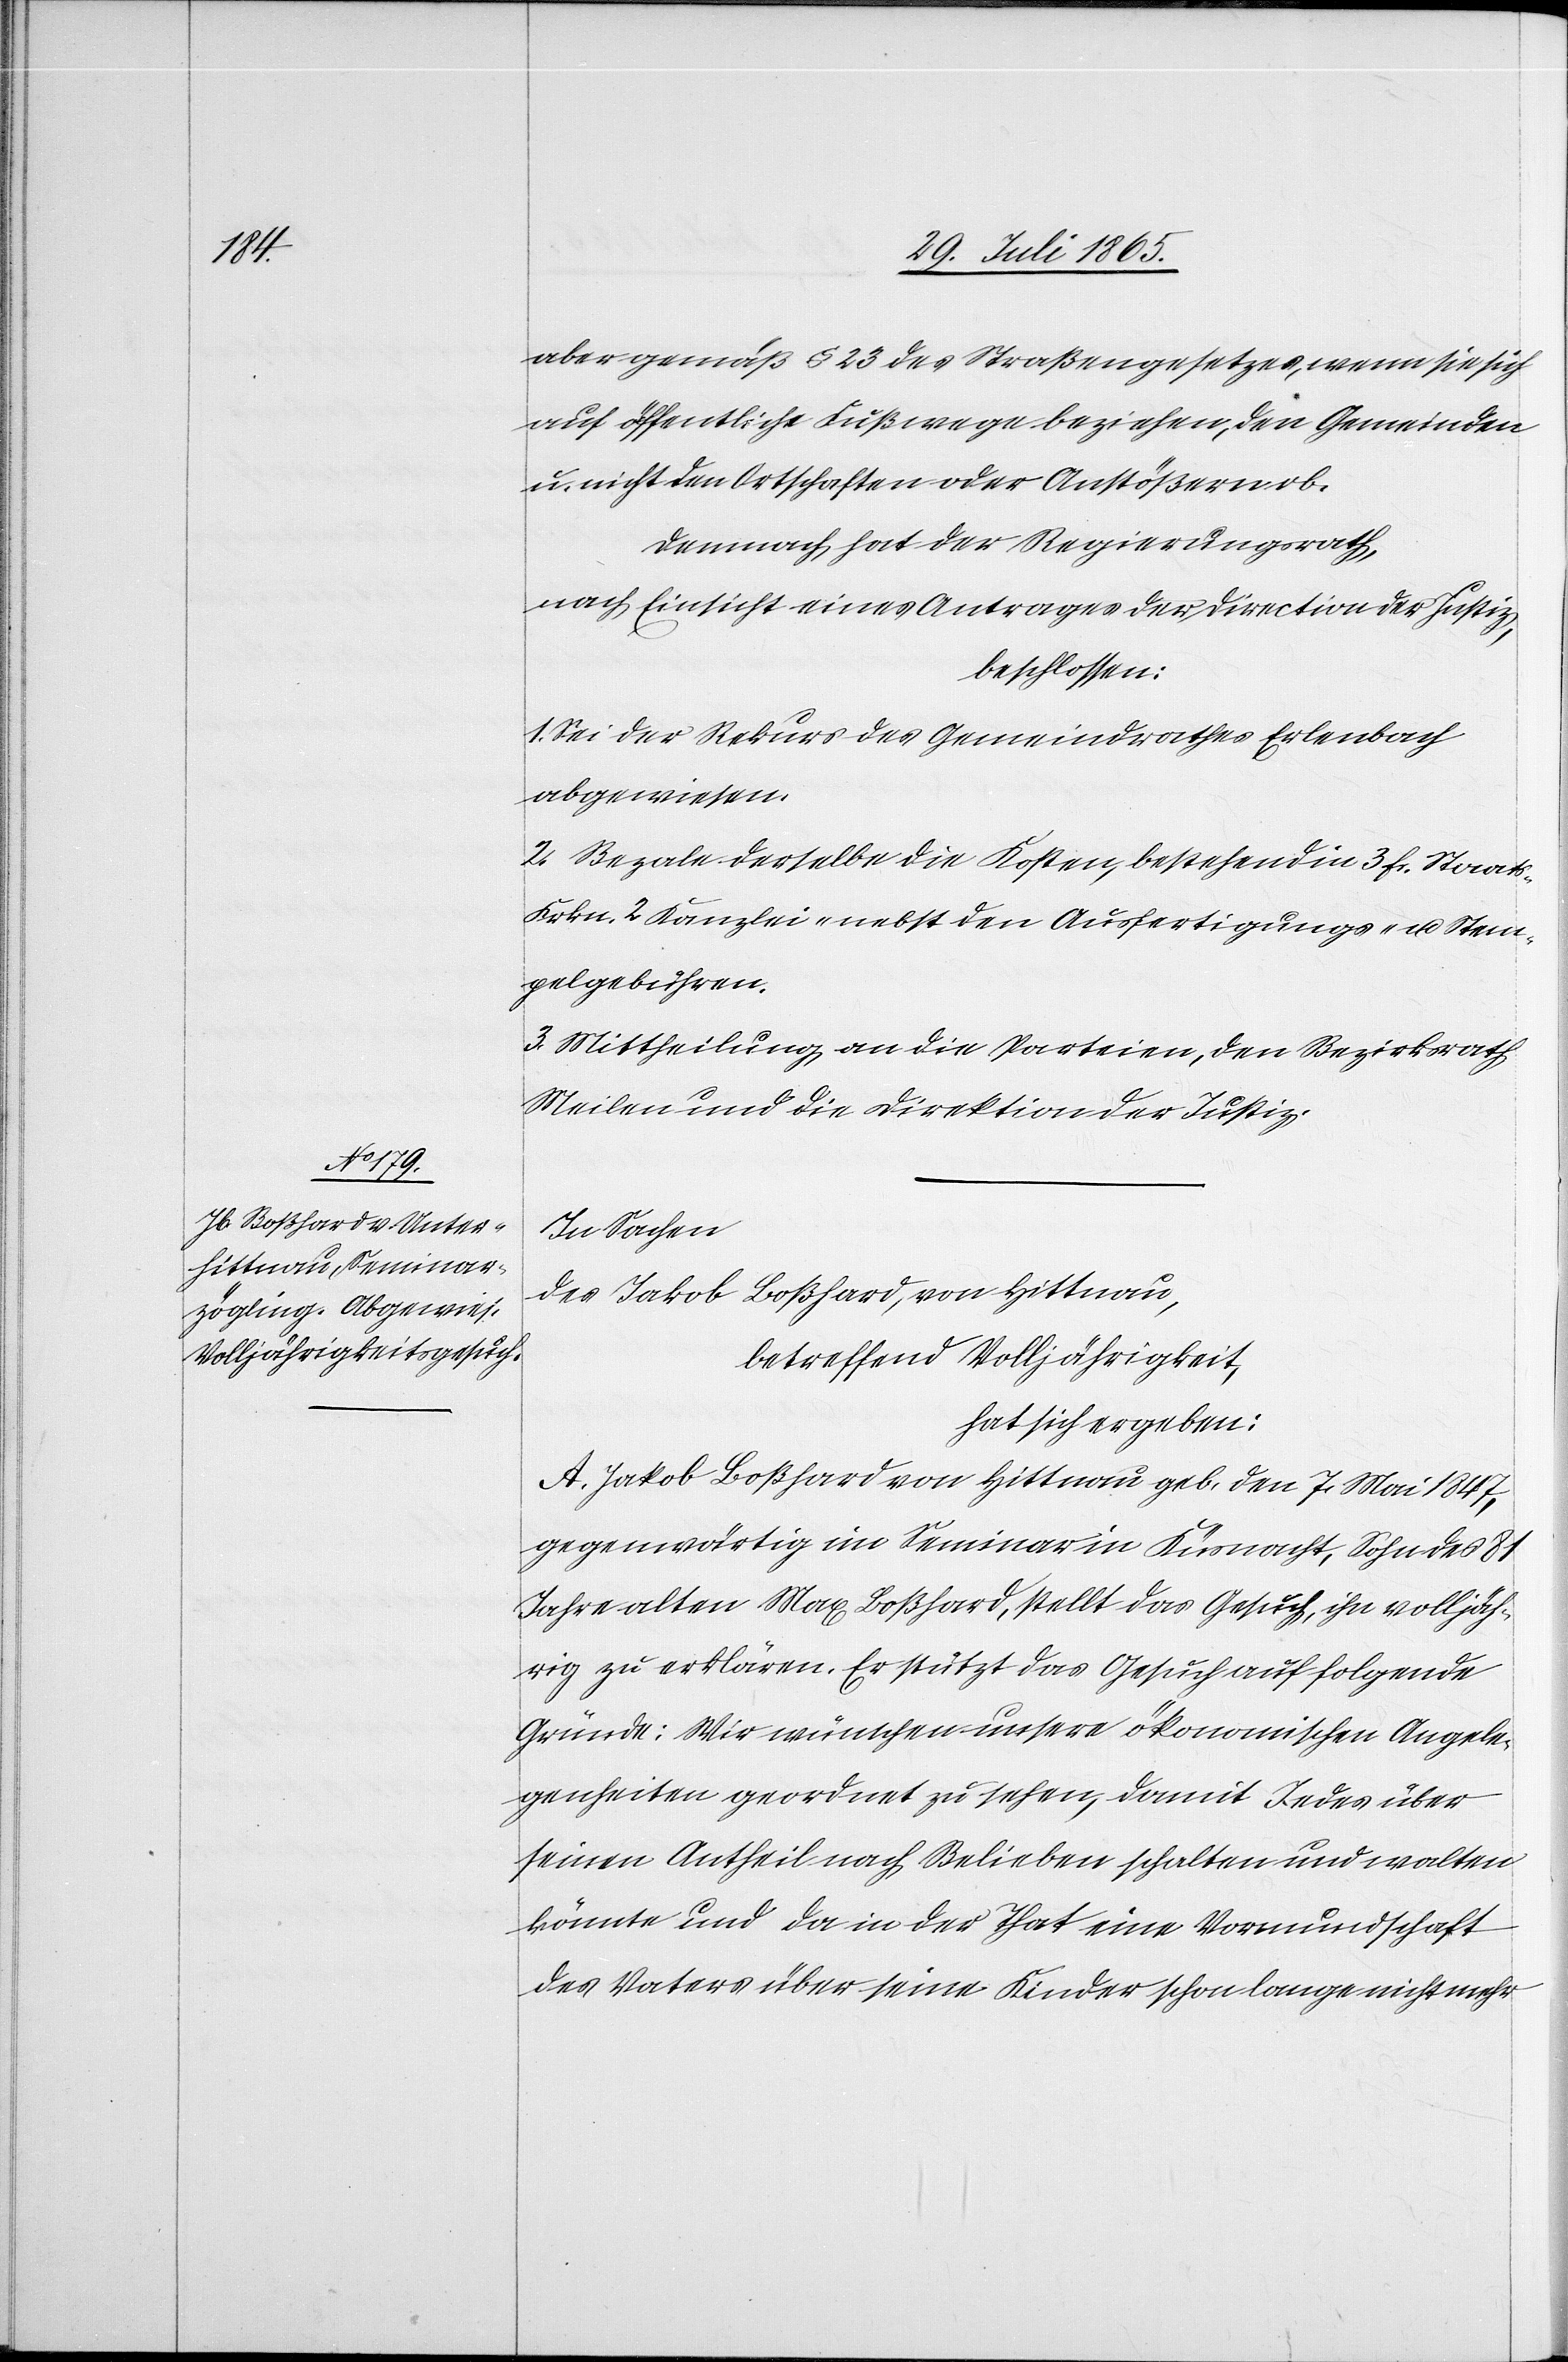
s-[,]

aber gemäß § 23 des Straßengesetzes, wenn sie sich
auf öffentliche Fußwege beziehen, den Gemeinden
u. nicht den Ortschaften oder Anstößern ob.
Demnach hat der Regierungsrath,
nach Einsicht eines Antrages der Direction der Justiz,
beschlossen:
1. Sei der Rekurs des Gemeindrathes Erlenbach
abgewiesen.
2. Bezale derselbe die Kosten, bestehend in 3 Fr. Staat¬
Frkn. 2 Kanzlei- nebst den Ausfertigungs- u. Stem¬
pelgebühren.
3. Mittheilung an die Parteien, den Bezirksrath
Meilen und die Direktion der Justiz.
In Sachen
des Jakob Boßhard, von Hittnau,
betreffend Volljährigkeit,
hat sich ergeben:
A. Jakob Boshard von Hittnau geb. den 7. Mai 1847,
gegenwärtig im Seminar in Küsnacht, Sohn des 81
Jahre alten Max Boßhard, stellt das Gesuch, ihn volljäh¬
rig zu erklären. Er stützt das Gesuch auf folgende
Gründe: [„]Wir wünschen unsere ökonomischen Angele¬
genheiten geordnet zu sehen, damit Jedes über
seinen Antheil nach Belieben schalten und walten
könnte und da in der That eine Vormundschaft
des Vaters über seine Kinder schon lange nicht mehr